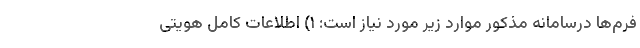
فرم‌ها درسامانه مذکور موارد زیر مورد نیاز است: ۱) اطلاعات کامل هویتی